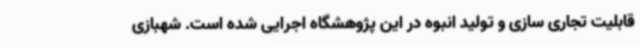
قابلیت تجاری سازی و تولید انبوه در این پژوهشگاه اجرایی شده است. شهبازی